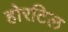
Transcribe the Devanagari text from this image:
होरटिल